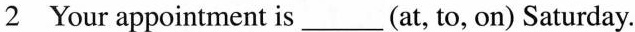
2 Your appointment is___(at, to, on) Saturday.